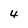
Character: 4